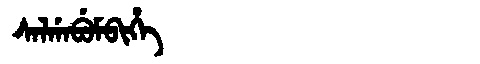
Manchu: ᠰᠠᠯᡤᠠᠪᡠᠮᠪᡳᡥᡝ
Romanization: SALGABUMBIHE